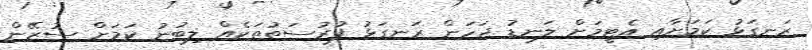
ރަނގަޅު ކަމަށާއި އެޓީމަށް ލަނޑު ޖަހަން ރަނގަޅު ފުރުސަތުތަކެއް ލިބުނު ކަމަށް ސުޒޭން